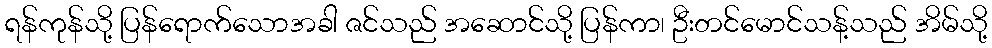
ရန်ကုန်သို့ ပြန်ရောက်သောအခါ ဇင်သည် အဆောင်သို့ ပြန်ကာ၊ ဦးတင်မောင်သန့်သည် အိမ်သို့